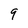
Character: 9